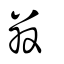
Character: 祘